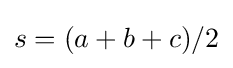
s=(a+b+c)/2